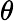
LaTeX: \displaystyle\theta